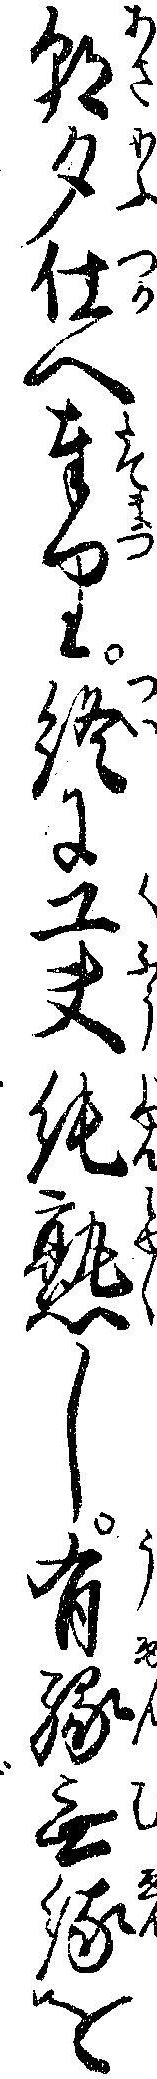
朝夕仕へ奉り終に工夫純熟し有縁無縁を